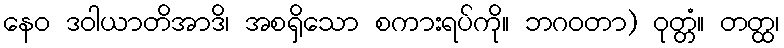
နေဝ ဒဝါယာတိအာဒိ၊ အစရှိသော စကားရပ်ကို။ ဘဂဝတာ) ဝုတ္တံ။ တတ္ထ၊